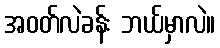
အဝတ်လဲခန်း ဘယ်မှာလဲ။